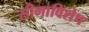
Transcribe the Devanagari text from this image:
सीमाविशेष